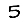
Digit: 5